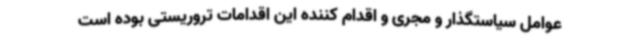
عوامل سیاستگذار و مجری و اقدام کننده این اقدامات تروریستی بوده است